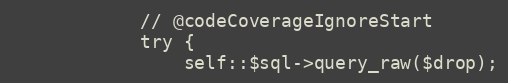
Language: PHP
			// @codeCoverageIgnoreStart
			try {
				self::$sql->query_raw($drop);